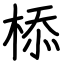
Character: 㮇